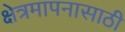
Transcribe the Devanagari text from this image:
क्षेत्रमापनासाठी